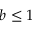
b \leq 1